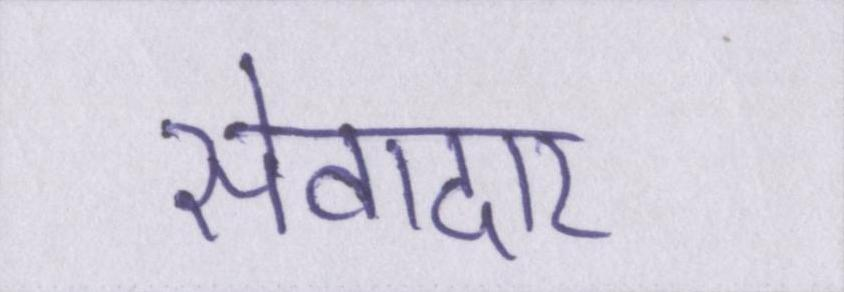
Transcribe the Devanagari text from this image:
सेवादार